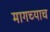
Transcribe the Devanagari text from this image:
मागच्याच